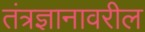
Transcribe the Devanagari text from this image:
तंत्रज्ञानावरील